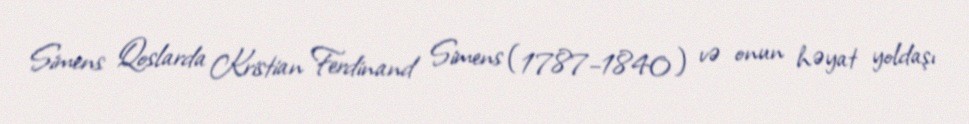
Simens Qoslarda Kristian Ferdinand Simens (1787–1840) və onun həyat yoldaşı